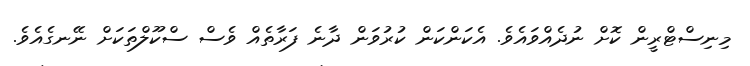
މިނިސްޓްރީން ކޮށް ނުދެއްވައެވެ. އެކަންކަން ކުރުވަން ދާނެ ފަރާތެއް ވެސް ސްކޫލްތަކަށް ނޭނގެއެވެ.